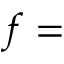
f =